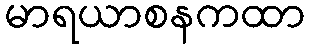
မာရယာစနကထာ